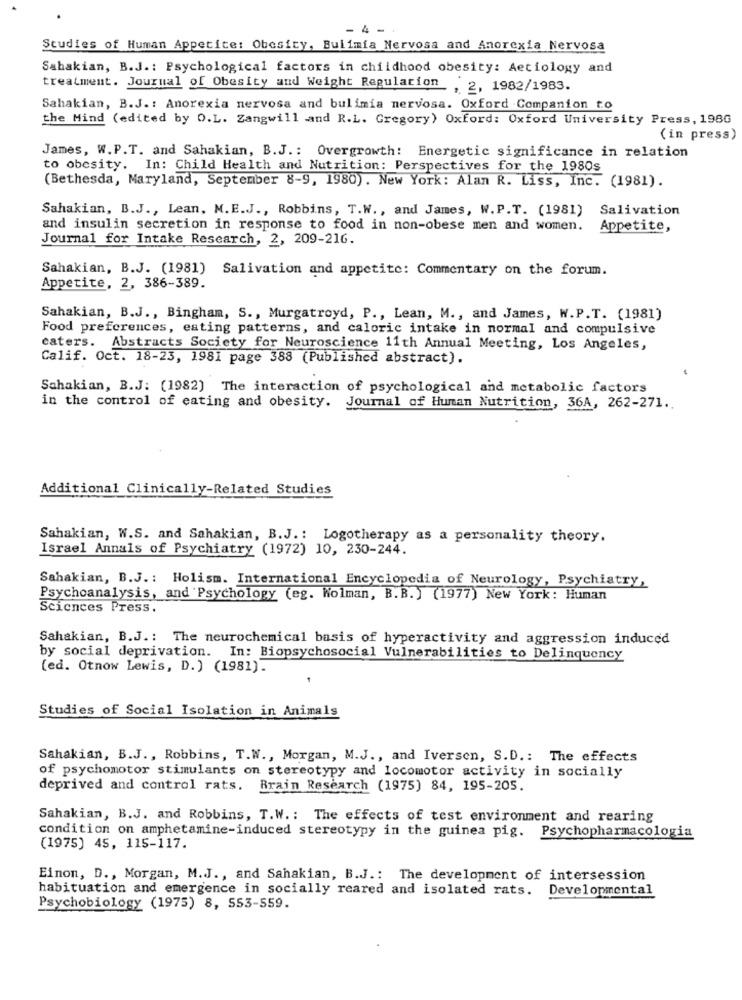
4
Studies of Human Appetite: Obesity, Bulimia Nervosa and Anorexia Nervosa
Sahakian, B.J .: Psychological factors in childhood obesity: Aetiology and
treatment. Journal of Obesity and Weight Regulation , 2, 1982/1983.
Sahakian, B.J .: Anorexia nervosa and bulimia nervosa. Oxford Companion to
the Mind (edited by O.L. Zangwill and R.L. Gregory) Oxford: Oxford University Press, 198G
(in press)
James, W.P.T. and Sahakian, B.J .: Overgrowth: Energetic significance in relation
to obesity. In: Child Health and Nutrition: Perspectives for the 1980s
(Bethesda, Maryland, September 8-9, 1980). New York: Alan R. Liss, Inc. (1981).
Sahakian, B.J ., Lean, M.E.J ., Robbins, T.W ., and James, W.P.T. (1981) Salivation
and insulin secretion in response to food in non-obese men and women. Appetite,
Journal for Intake Research, 2, 209-216.
Sahakian, B.J. (1981) Salivation and appetite: Commentary on the forum.
Appetite, 2, 386-389.
Sahakian, B.J ., Bingham, S ., Murgatroyd, P ., Lean, M ., and James, W.P.T. (1981)
Food preferences, eating patterns, and caloric intake in normal and compulsive
caters. Abstracts Society for Neuroscience 11th Annual Meeting, Los Angeles,
Calif. Oct. 18-23, 1981 page 388 (Published abstract).
Sahakian, B.J: (1982) The interaction of psychological and metabolic factors
in the control of eating and obesity. Journal of Human Nutrition, 36A, 262-271.
Additional Clinically-Related Studies
Sahakian, W.S. and Sahakian, B.J .: Logotherapy as a personality theory.
Israel Annals of Psychiatry (1972) 10, 230-244.
Sahakian, B.J .: Holism. International Encyclopedia of Neurology, Psychiatry,
Psychoanalysis, and Psychology (eg. Wolman, B.B.) (1977) New York: Human
Sciences Press.
Sahakian, B.J .: The neurochemical basis of hyperactivity and aggression induced
by social deprivation. In: Biopsychosocial Vulnerabilities to Delinquency
(ed. Otnow Lewis, D.) (1981).
Studies of Social Isolation in Animals
Sahakian, B.J ., Robbins, T.W ., Morgan, M.J ., and Iversen, S.D .: The effects
of psychomotor stimulants on stereotypy and locomotor activity in socially
deprived and control rats. Brain Research (1975) 84, 195-205.
Sahakian, B.J. and Robbins, T.W .: The effects of test environment and rearing
condition on amphetamine-induced stereotypy in the guinea pig. Psychopharmacologia
(1975) 45, 115-117.
Einon, D ., Morgan, M.J ., and Sahakian, B.J .: The development of intersession
habituation and emergence in socially reared and isolated rats.
Developmental
Psychobiology (1975) 8, 553-559.